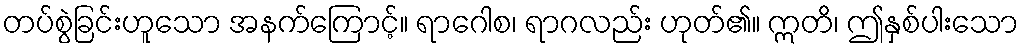
တပ်စွဲခြင်းဟူသော အနက်ကြောင့်။ ရာဂေါစ၊ ရာဂလည်း ဟုတ်၏။ ဣတိ၊ ဤနှစ်ပါးသော